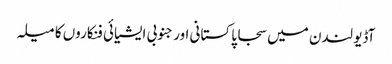
آڈیو لندن میں سجا پاکستانی اور جنوبی ایشیائی فنکاروں کا میلہ